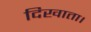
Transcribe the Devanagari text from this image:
दिखाता।